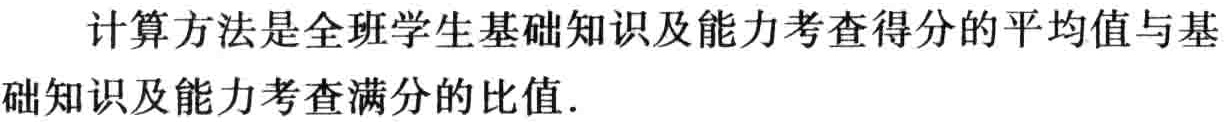
计算方法是全班学生基础知识及能力考查得分的平均值与基础知识及能力考查满分的比值.